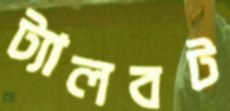
ট্যালবট